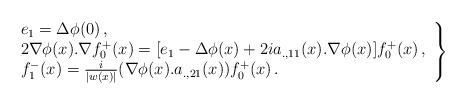
\begin{align*}\left .\begin{array}{l}e_1=\Delta \phi (0)\, ,\\ 2\nabla \phi (x).\nabla f_0^+(x) =[e_1 - \Delta \phi (x) + 2 ia_{.,11}(x).\nabla \phi (x)]f_0^+(x)\, ,\\f_1^-(x)= \frac{i}{|w(x)|} (\nabla \phi (x).a_{., 21} (x)) f_0^+(x)\, .\end{array} \right \}\end{align*}